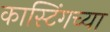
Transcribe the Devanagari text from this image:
कास्टिंगच्या